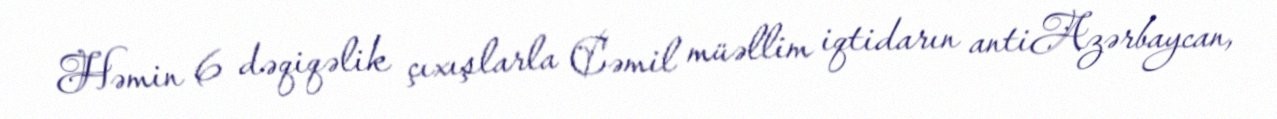
Həmin 6 dəqiqəlik çıxışlarla Cəmil müəllim iqtidarın antiAzərbaycan,